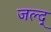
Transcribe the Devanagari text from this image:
जल्द्